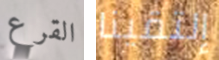
القرع إلتقينا